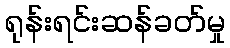
ရုန်းရင်းဆန်ခတ်မှု